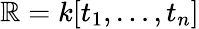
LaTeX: \mathbb{R}=k[t_{1},\ldots,t_{n}]